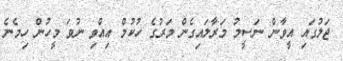
ޖަލުގައި އީވާން ނަސީމު މަރާލައިގެން މަރުގެ ހުކުމް އިއްވި ނުވަ މީހުން ހިމެނެ